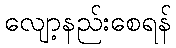
လျော့နည်းစေရန်